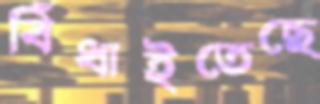
বিঁধাইতেছে